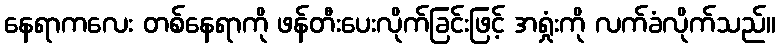
နေရာကလေး တစ်နေရာကို ဖန်တီးပေးလိုက်ခြင်းဖြင့် အရှုံးကို လက်ခံလိုက်သည်။